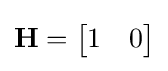
\mathbf {H} ={\begin{bmatrix}1&0\end{bmatrix}}